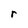
Character: r